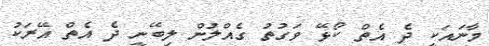
މާނައަކީ ދެ އެތް ކޯޅޭ ވަގުތު ގެއްލުން ލިބޭނީ ދެ އެތް އޭރަކު